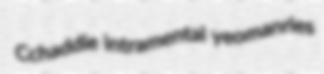
Cchaddie intramental yeomanries